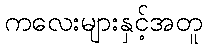
ကလေးများနှင့်အတူ